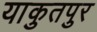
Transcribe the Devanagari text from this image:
याकुतपुर